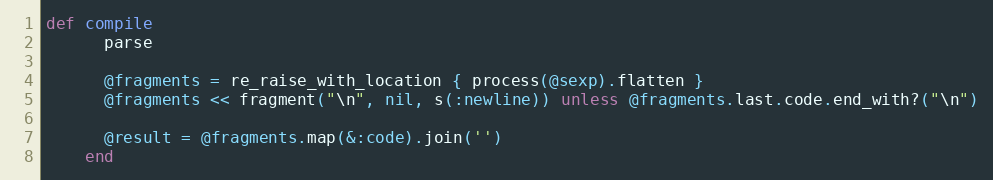
Language: Ruby
def compile
      parse

      @fragments = re_raise_with_location { process(@sexp).flatten }
      @fragments << fragment("\n", nil, s(:newline)) unless @fragments.last.code.end_with?("\n")

      @result = @fragments.map(&:code).join('')
    end